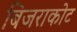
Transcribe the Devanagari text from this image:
बिजराकोट